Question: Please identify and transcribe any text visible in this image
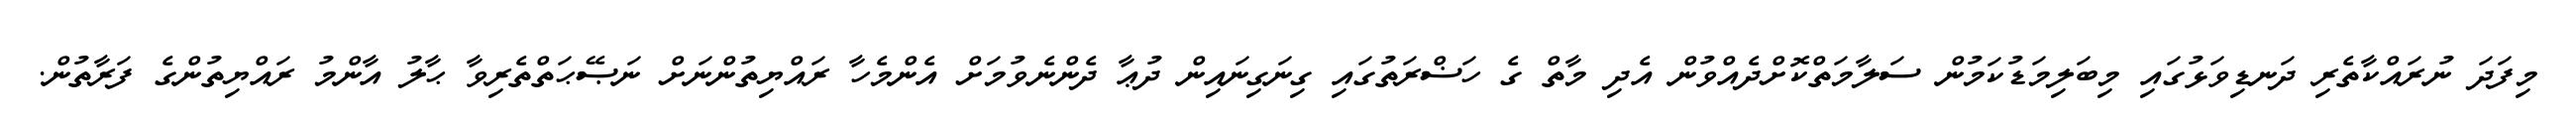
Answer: މިފަދަ ނުރައްކާތެރި ދަނޑިވަޅުގައި މިބަލިމަޑުކަމުން ސަލާމަތްކޮށްދެއްވުން އެދި މާތް ގެ ހަޟްރަތުގައި ގިނަގިނައިން ދުޢާ ދެންނެވުމަށް އެންމެހާ ރައްޔިތުންނަށް ނަޞޭޙަތްތެރިވާ ޙާލު އާންމު ރައްޔިތުންގެ ފަރާތުން.